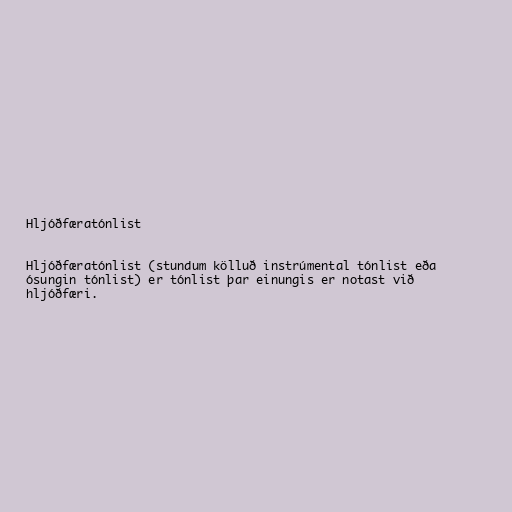
Hljóðfæratónlist

Hljóðfæratónlist (stundum kölluð instrúmental tónlist eða
ósungin tónlist) er tónlist þar einungis er notast við
hljóðfæri.